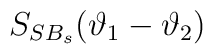
S_{SB_{s}}(\vartheta _{1}-\vartheta _{2})